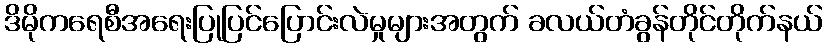
ဒိမိုကရေစီအရေးပြုပြင်ပြောင်းလဲမှုများအတွက် ခလယ်တံခွန်တိုင်တိုက်နယ်